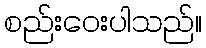
စည်းဝေးပါသည်။